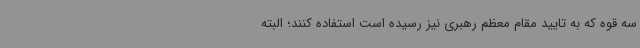
سه قوه که به تایید مقام معظم رهبری نیز رسیده است استفاده کنند؛ البته